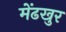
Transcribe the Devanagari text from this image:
मेंढखुर